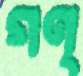
গণ্